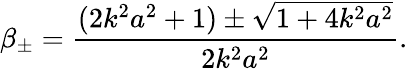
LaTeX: \beta_{\pm}=\frac{(2k^{2}a^{2}+1)\pm\sqrt{1+4k^{2}a^{2}}}{2k^{2}a^{2}}.